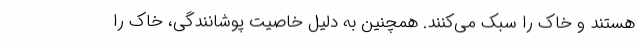
هستند و خاک را سبک می‌کنند. همچنین به دلیل خاصیت پوشانندگی، خاک را